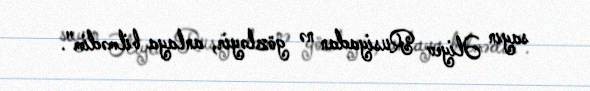
sayın Əliyev Rusiyadan nə gözləyir, anlaya bilmədim".